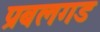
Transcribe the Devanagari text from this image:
प्रबलगड